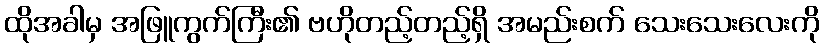
ထိုအခါမှ အဖြူကွက်ကြီး၏ ဗဟိုတည့်တည့်ရှိ အမည်းစက် သေးသေးလေးကို